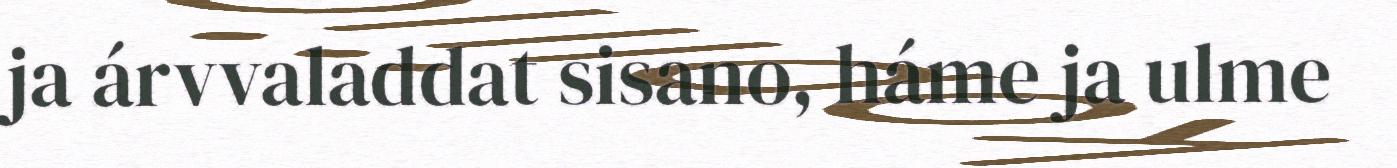
ja árvvaladdat sisano, háme ja ulme